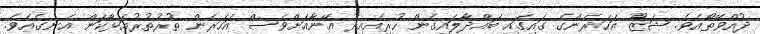
ދުއްވޭތޯއެވެ. ޝަޒޫ އަހަރެންގެ ގައިގައި ބައްދާލައިގެން ހުރިއެއިރު އޭނާއަށްވެސް އަހަރެން ތުރުތުރުއަޅާކަން އެނގެއެވެ.